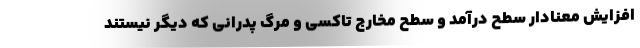
افزايش معنادار سطح درآمد و سطح مخارج تاكسي و مرگ پدراني كه ديگر نيستند